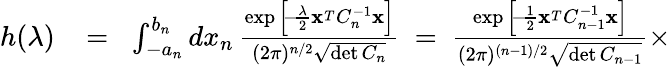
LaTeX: \begin{array}{rlr}{h(\lambda)}&{{}\! =\! }&{\int_{-a_{n}}^{b_{n}}dx_{n}\, {\frac{\exp\Big[\! -\! {\frac{\lambda}{2}}{\mathbf x}^{_T}C_{n}^{-1}{\mathbf x}\Big]}{(2\pi)^{n/2}\sqrt{\operatorname*{det}C_{n}}}}\ =\ {\frac{\exp\Big[\! -\! {\frac{1}{2}}{\mathbf x}^{_T}C_{n-1}^{-1}{\mathbf x}\Big]}{(2\pi)^{(n-1)/2}\sqrt{\operatorname*{det}C_{n-1}}}}\times}\end{array}